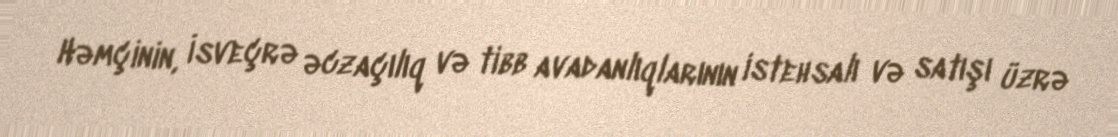
Həmçinin, İsveçrə əczaçılıq və tibb avadanlıqlarının istehsalı və satışı üzrə